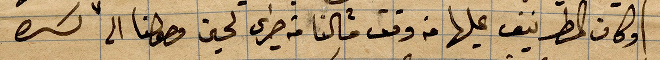
وكان المطر نيف عليها من وقت ما كنا قد جرى لحين وصولنا الى كسره